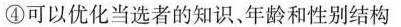
④可以优化当选者的知识、年龄和性别结构